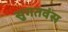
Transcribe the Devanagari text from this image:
सुगतवंस